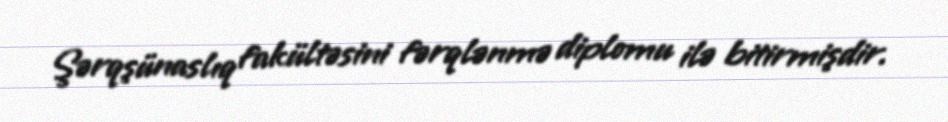
Şərqşünaslıq fakültəsini fərqlənmə diplomu ilə bitirmişdir.